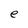
Character: e